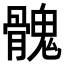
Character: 𩪁